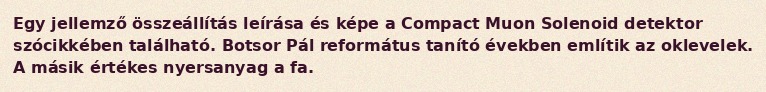
Egy jellemző összeállítás leírása és képe a Compact Muon Solenoid detektor szócikkében található. Botsor Pál református tanító években említik az oklevelek. A másik értékes nyersanyag a fa.